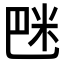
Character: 𥸿